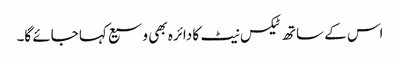
اس کے ساتھ ٹیکس نیٹ کا دائرہ بھی وسیع کہا جائے گا۔